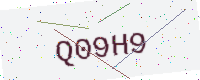
Text: Q09H9